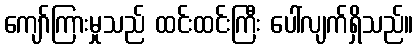
ကျော်ကြားမှုသည် ထင်းထင်းကြီး ပေါ်လျက်ရှိသည်။